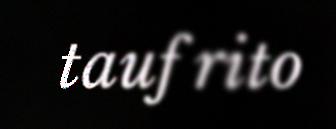
tauf rito